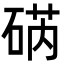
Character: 𮀥